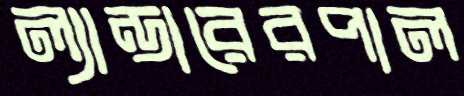
ল্যান্ডারেরপাল